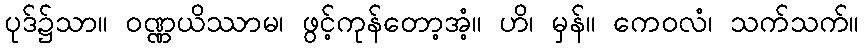
ပုဒ်၌သာ။ ဝဏ္ဏယိဿာမ၊ ဖွင့်ကုန်တော့အံ့။ ဟိ၊ မှန်။ ကေဝလံ၊ သက်သက်။